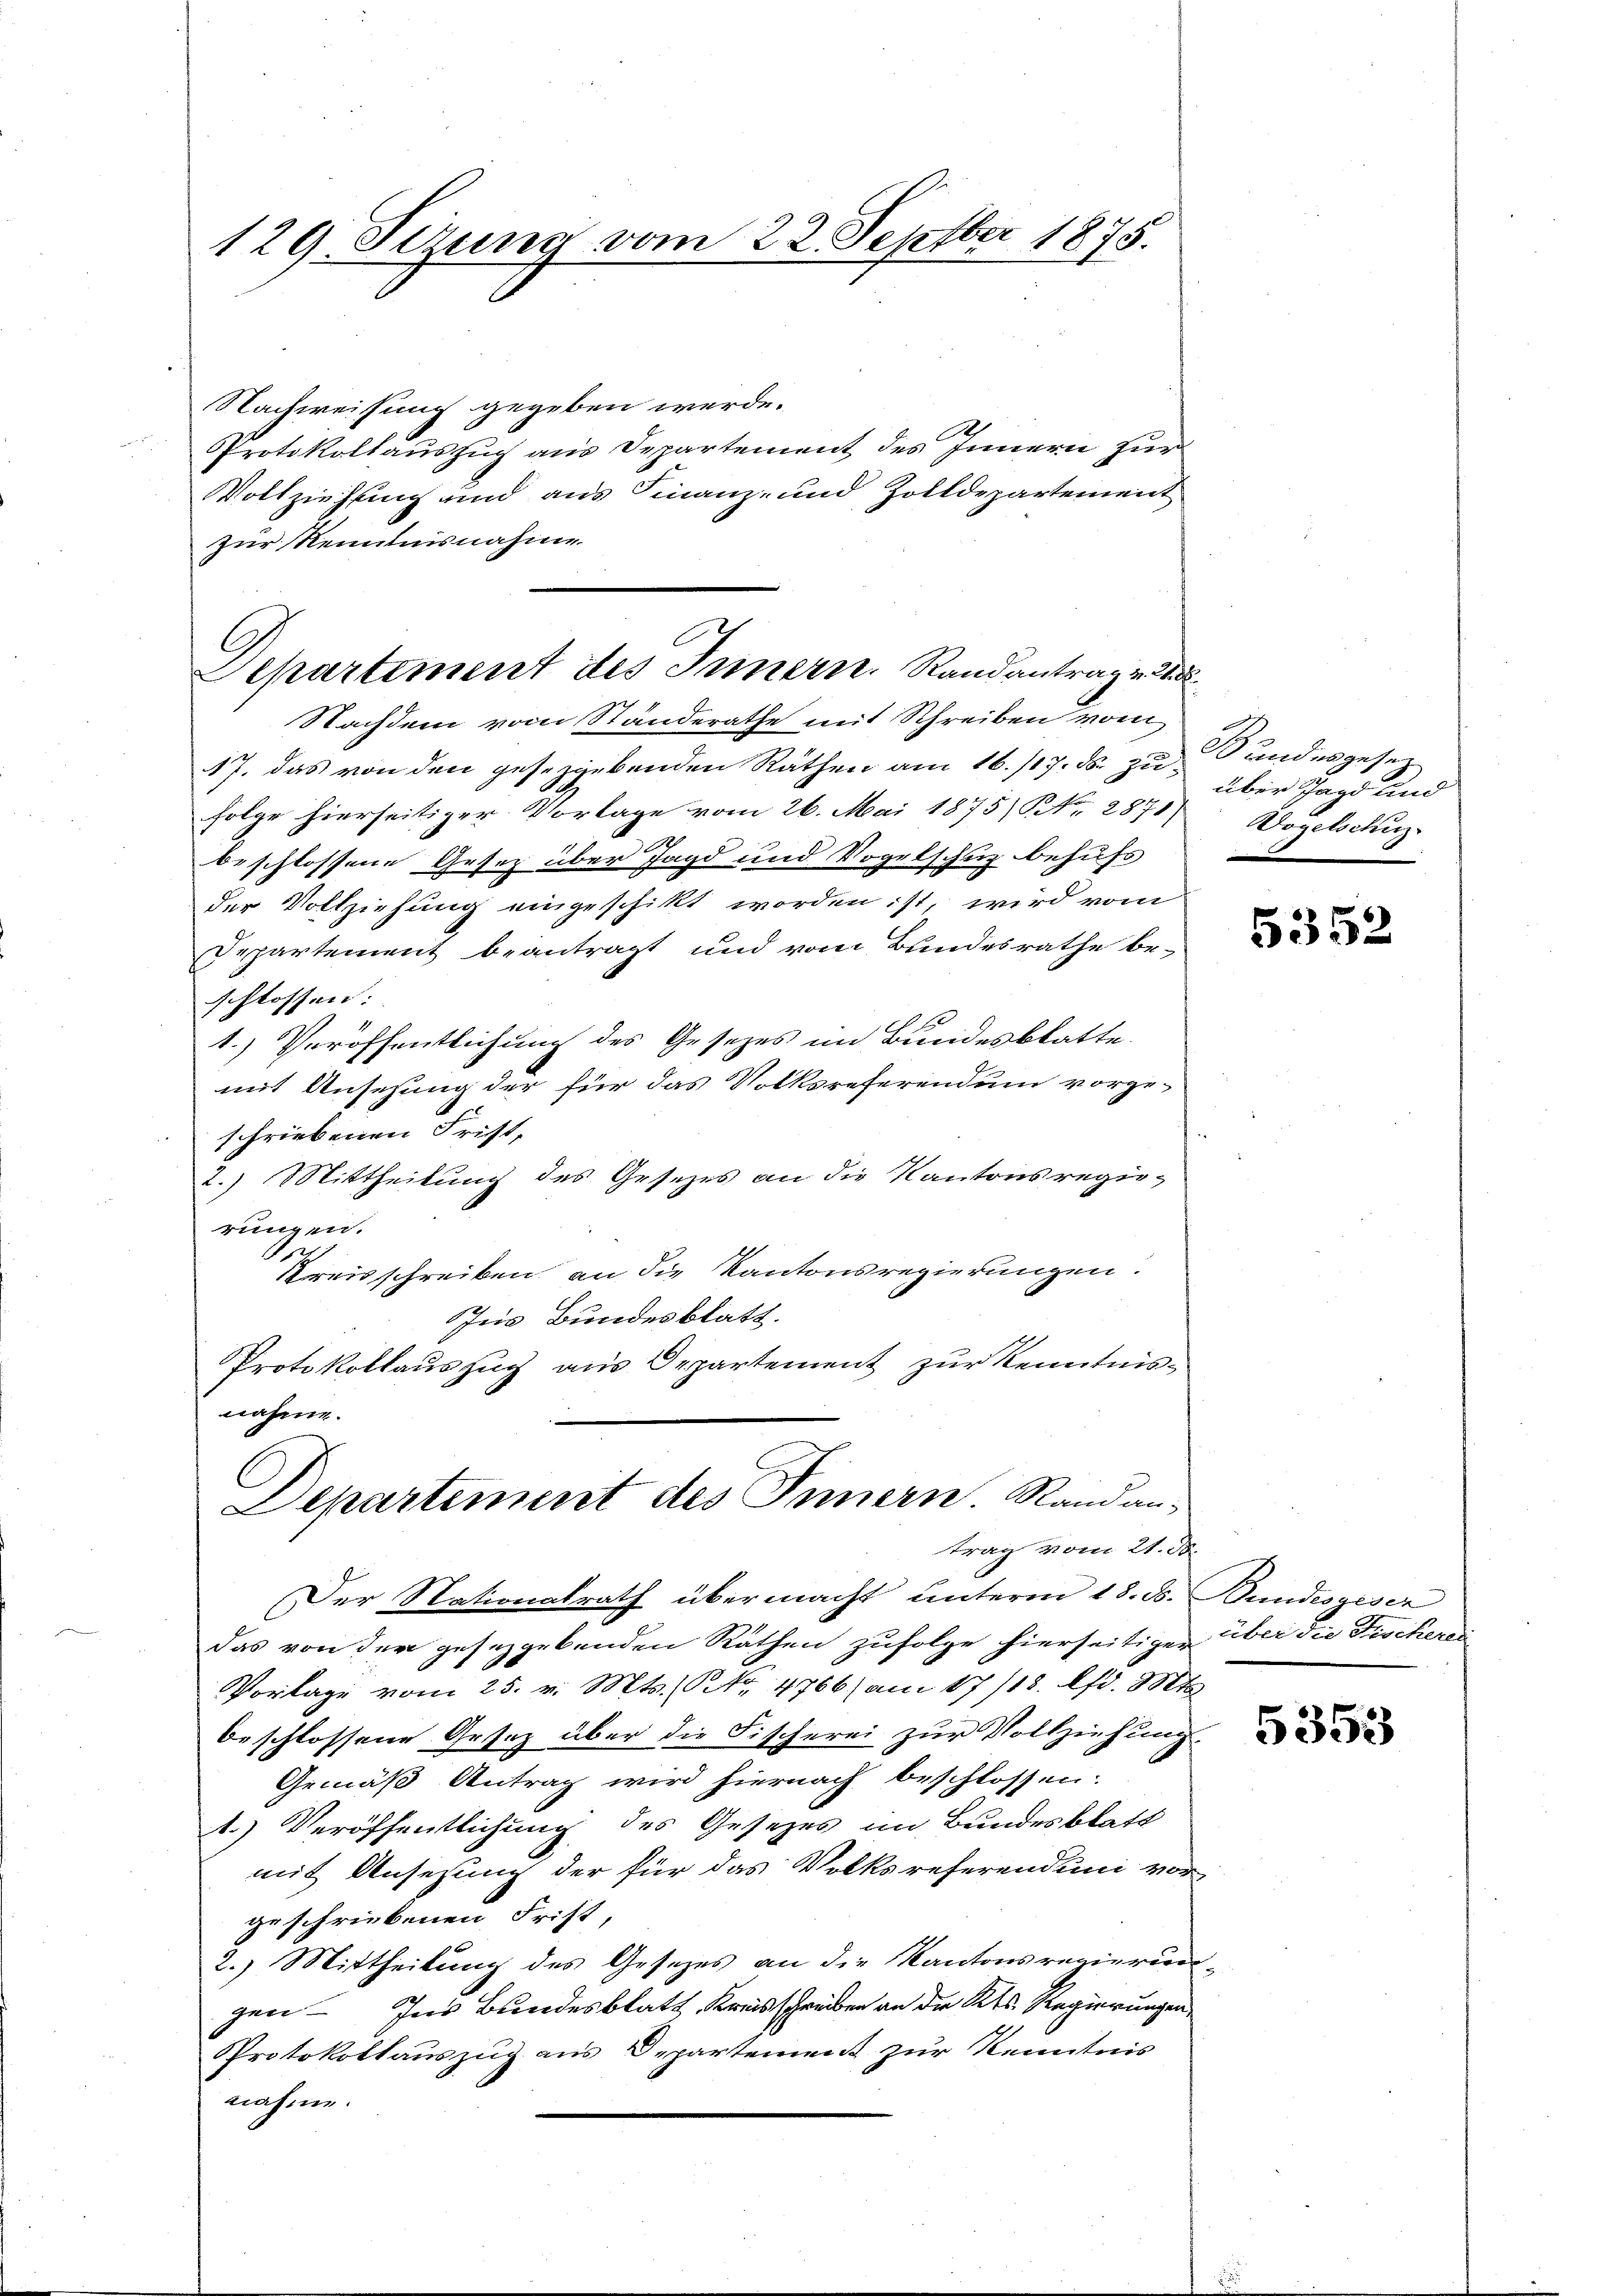
129. Sizung vom 22. Septbr 1875.

Nachweisung gegeben werde.
PProtokollauszug aus Departement des Innern zur
Vollziehung und aus Finanz- und Zolldepartement
zur Renntnisnahme
Nachdem vom Standerathe mit Schreiben vom
47. Das von den geseggebenden Räthen am 16./17. ds. zufolge hierseitiger Vorlage vom 26. Mai 1875) S. Nr. 2871) Wogelsche
0
beschlossene Gesetz über Jagd und Vogelschuz behufs
der Vollziehung eingeschikt worden ist, wird vom
Departement beantragt und vom Bundesrathe be-
schlossen:
1.) Veröffentlichung des Gesetzes im Bundesblatte.
mit Ansehung der für das Volksreferendum vorge-
schriebenen Frist-
2.) Mittheilung des Gesezes an die Kantonsregierungen.
t
A
Kreisschreiben an die Kantonsregierungen.
Im Bundesblatt.
Protokollauszug aus Departement zur Kenntnisnahme.
C
Departement des Innern. Rand antrag vom 21. d.
Der Nationalrath übermacht unterm 18. d. Bundesgeser
Das von der gesezgebenden Räthen zufolge hierseitiger über die Fischeres
Vorlage vom 25. v. Mts. (NNo. 4766) am 17/18. lfd. Mts.
beschlossene Gesez über die Fischerei zur Vollziehung.
Gemäß Antrag wird hiernach beschlossen:
1.) Veröffentlichung des Gesetzes im Bundesblatt
mit Ansehung der für das Volksreferendung vor
geschriebenen Frist,
2.) Mittheilung des Gesezes an die Kantonsregierungen. Ins Bundesblatt, Kreisschreiben an der Kts. Regierungen,
Protokollauszug aus Departement zur Kenntnis
nahme.

Departement des Innern. Randantrag v. 22

Bundesgesez
über Jagd und

5352

5353